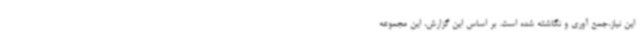
این نیاز،جمع آوری و نگاشته شده است. بر اساس این گزارش، این مجموعه